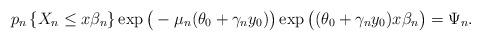
LaTeX: \begin{align*} p_n \left\{ X_n \le x {\beta_n}\right\}\exp\big( -\mu_n(\theta_0+\gamma_n y_0) \big)\exp\big( (\theta_0 + \gamma_n y_0 )x \beta_n \big) = \Psi_n.\end{align*}